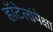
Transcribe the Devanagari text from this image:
हॉटेलांपेक्षा